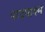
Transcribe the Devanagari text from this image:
पादपाश्म